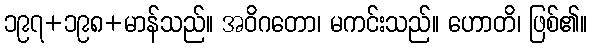
၁၉၇+၁၉၈+မာန်သည်။ အဝိဂတော၊ မကင်းသည်။ ဟောတိ၊ ဖြစ်၏။